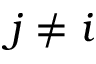
j \neq i